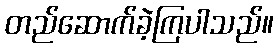
တည်ဆောက်ခဲ့ကြပါသည်။